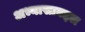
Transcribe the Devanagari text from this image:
अभ्यासाबद्दल